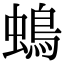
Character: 䳋